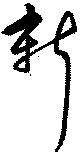
新